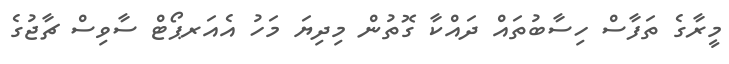
މީރާގެ ތަފާސް ހިސާބުތައް ދައްކާ ގޮތުން މިދިޔަ މަހު އެއަރޕޯޓް ސާވިސް ޗާޖުގެ